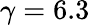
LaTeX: \gamma=6.3